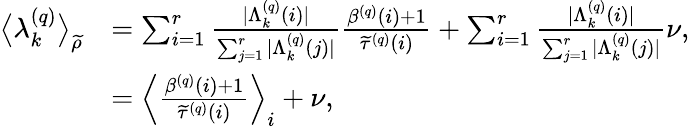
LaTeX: \begin{array}{rl}{\big\langle\lambda_{k}^{\left(q\right)}\big\rangle_{\widetilde{\rho}}}&{=\sum_{i=1}^{r}\frac{\vert\Lambda_{k}^{\left(q\right)}\left(i\right)\vert}{\sum_{j=1}^{r}\vert\Lambda_{k}^{\left(q\right)}\left(j\right)\vert}\frac{\beta^{\left(q\right)}\left(i\right)+1}{\widetilde{\tau}^{\left(q\right)}\left(i\right)}+\sum_{i=1}^{r}\frac{\vert\Lambda_{k}^{\left(q\right)}\left(i\right)\vert}{\sum_{j=1}^{r}\vert\Lambda_{k}^{\left(q\right)}\left(j\right)\vert}\nu,}\\ &{=\Big\langle\frac{\beta^{\left(q\right)}\left(i\right)+1}{\widetilde{\tau}^{\left(q\right)}\left(i\right)}\Big\rangle_{i}+\nu,}\end{array}